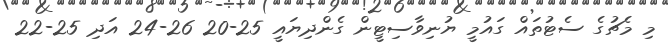
މި މެޗުގެ ސެޓުތައް ގައުމީ ޔުނިވާސިޓީން ގެންދިޔައީ 25-20 26-24 އަދި 25-22